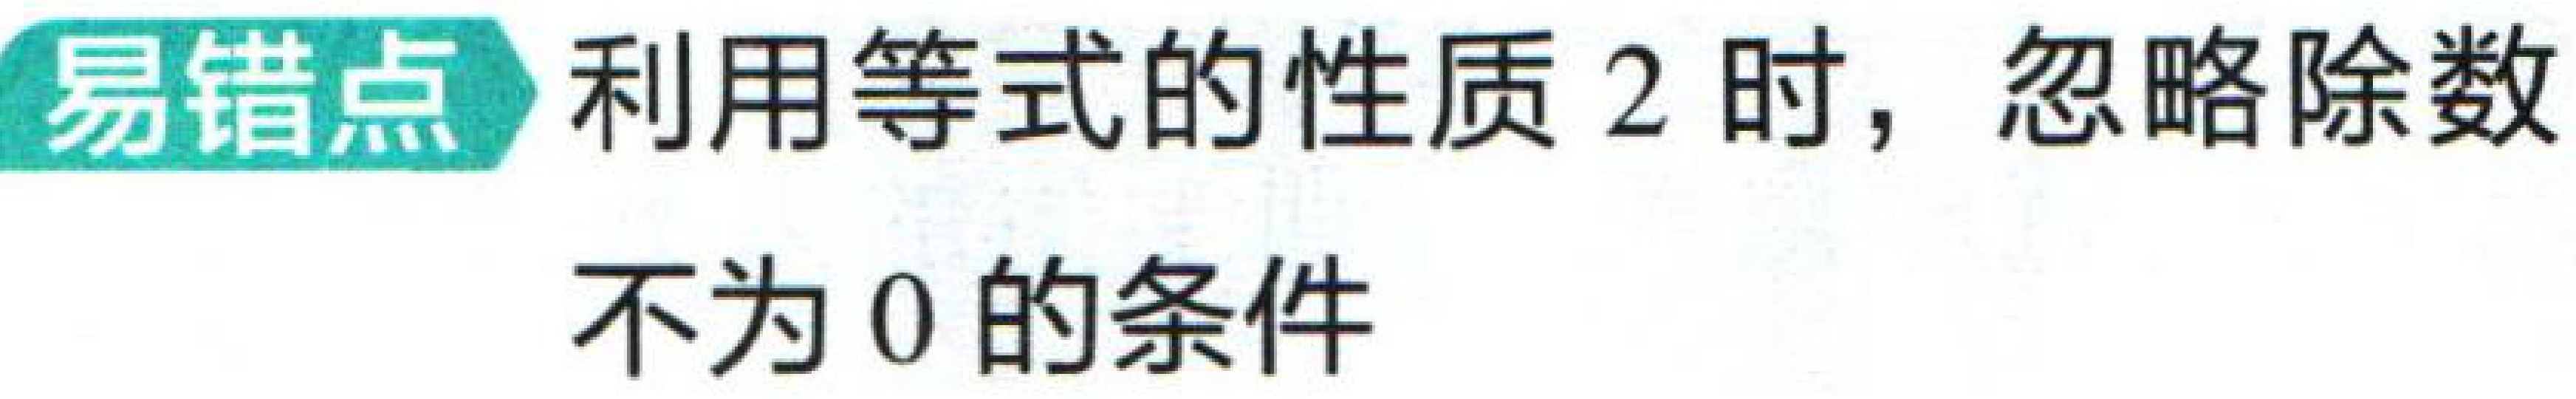
易错点 利用等式的性质 2 时，忽略除数不为 0 的条件